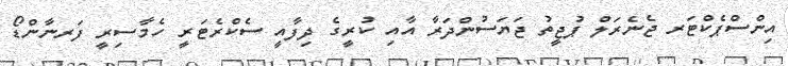
އިންސްޕެކްޓަރ ޖެނެރަލް ޕުޖީތު ޖަޔަސުންދަރާ އާއި ކުރީގެ ދިފާއީ ސެކްރެޓަރީ ހެމާސިރީ ފަރނާންޑޯ